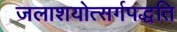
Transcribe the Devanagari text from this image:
जलाशयोत्सर्गपद्धति